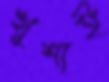
খুশাই